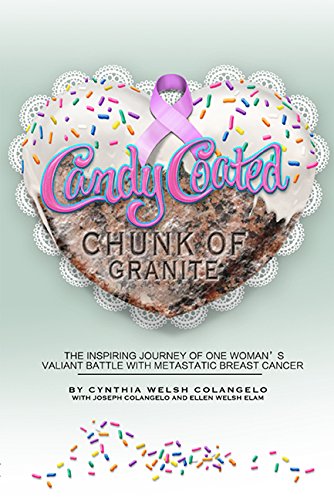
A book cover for Candy Coated Chunk of Granite: The Inspiring Journey of One Woman's Valiant Battle with Metastatic Breast Cancer; Cindy Colangelo; Health, Fitness & Dieting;